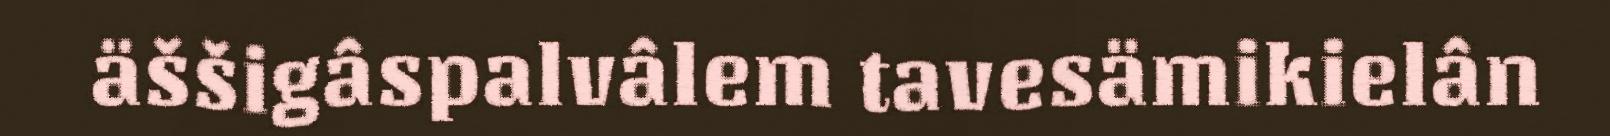
äššigâspalvâlem tavesämikielân